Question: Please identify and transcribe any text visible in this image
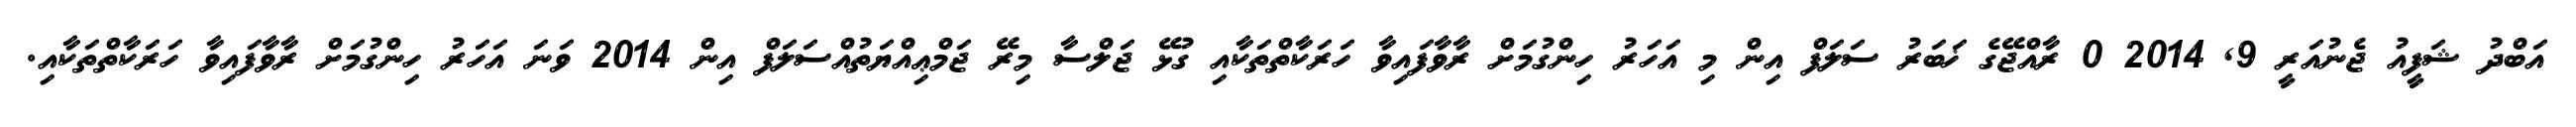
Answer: އަބްދު ޝަފީއު ޖެނުއަރީ 9, 2014 0 ރާއްޖޭގެ ޚަބަރު ސަލަފް އިން މި އަހަރު ހިންގުމަށް ރާވާފައިވާ ހަރަކާތްތަކާއި ގުޅޭ ޖަލްސާ މިރޭ ޖަމްޢިއްޔަތުއްސަލަފް އިން 2014 ވަނަ އަހަރު ހިންގުމަށް ރާވާފައިވާ ހަރަކާތްތަކާއި.